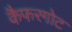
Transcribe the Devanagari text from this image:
कैफरगोट